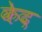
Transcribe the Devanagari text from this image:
केद